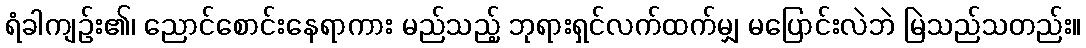
ရံခါကျဉ်း၏၊ ညောင်စောင်းနေရာကား မည်သည့် ဘုရားရှင်လက်ထက်မျှ မပြောင်းလဲဘဲ မြဲသည်သတည်း။